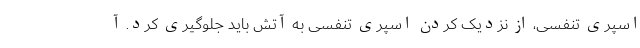
اسپری تنفسی، از نزدیک کردن اسپری تنفسی به آتش باید جلوگیری کرد. آ